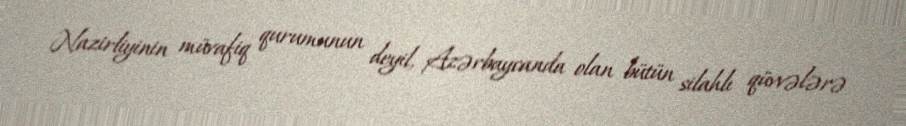
Nazirliyinin müvafiq qurumunun deyil, Azərbaycanda olan bütün silahlı qüvvələrə